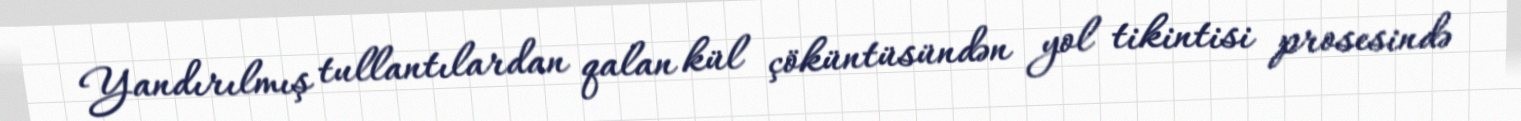
Yandırılmış tullantılardan qalan kül çöküntüsündən yol tikintisi prosesində